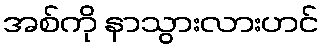
အစ်ကို နာသွားလားဟင်